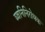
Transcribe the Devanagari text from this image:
घ्वनिनिरोधक